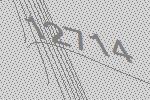
12714